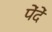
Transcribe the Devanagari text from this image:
पेंदें